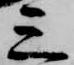
三